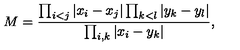
M = \frac { \prod _ { i < j } \vert x _ { i } - x _ { j } \vert \prod _ { k < l } \vert y _ { k } - y _ { l } \vert } { \prod _ { i , k } \vert x _ { i } - y _ { k } \vert } ,